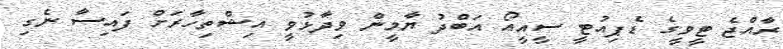
ރާއްޖެ ޓީވީގެ ޑެޕިއުޓީ ސީއީއޯ އަބްދު ޔާމީން ވިދާޅުވީ އިޝްތިހާރަށް ފައިސާ ނެގި